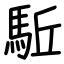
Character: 駈